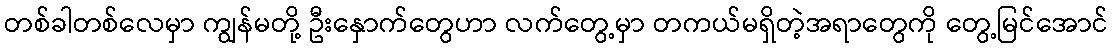
တစ်ခါတစ်လေမှာ ကျွန်မတို့ ဦးနှောက်တွေဟာ လက်တွေ့မှာ တကယ်မရှိတဲ့အရာတွေကို တွေ့မြင်အောင်